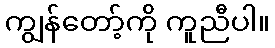
ကျွန်တော့်ကို ကူညီပါ။